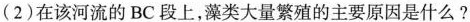
(2)在该河流的BC段上，藻类大量繁殖的主要原因是什么？